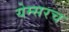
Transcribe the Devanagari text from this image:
येम्सरच